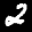
Label: 2